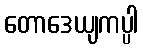
တောဒေယျကပ္ပါ